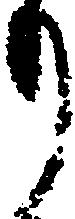
り